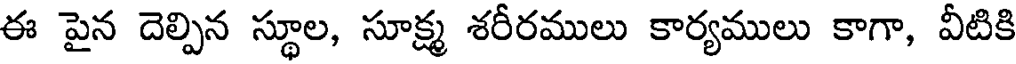
ఈ పైన దెల్పిన స్థూల, సూక్ష్మ శరీరములు కార్యములు కాగా, వీటికి